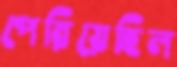
পেরিয়েছিল